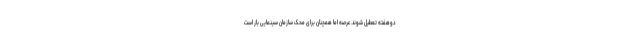
دوهفته تعطیل شوند. عرصه اما همچنان برای محک سازمان سینمایی باز است